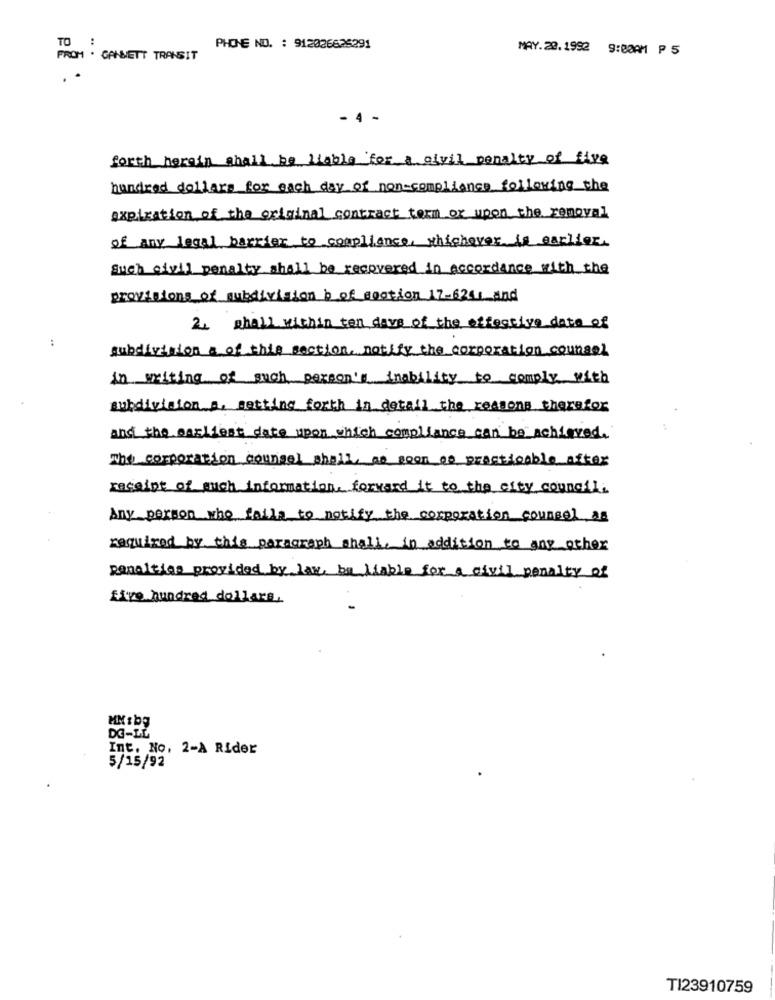
:
TO
PHONE NO. : 912026625291
MAY.20.1992 9:00AM ₱ 5
FROM . CANMETT TRANSIT
4 -
forth herein shall be liable for a civil penalty of five
hundred dollars for each day of non-compliance following the
expiration of the original contract term or upon the removal
of any legal barrier to compliance, whichever is earlier.
Such civil penalty shall be recovered in accordance with the
provisions of subdivision b of section 17-6241 and
2. shall within ten days of the effective date of
:
subdivision a of this section, notify the corporation counsel
in writing of such person's inability to comply with
subdivision a, setting forth in detail the reasons therefor
and the earliest date upon which compliance can be achieved.
The corporation counsel shall, as soon as practicable after
receipt of much information, forward it to the city council.
Any person who fails to notify the corporation counsel an
required by this paragraph shall, in addition to any other
penalties provided by law, be liable for a civil penalty of
five hundred dollars.
DG-LL
Int. No. 2-A Rider
5/15/92
TI23910759